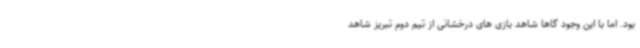
بود. اما با این وجود گاها شاهد بازی های درخشانی از تیم دوم تبریز شاهد